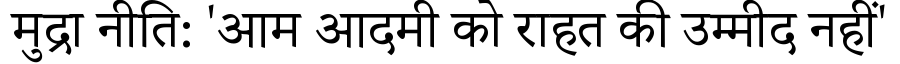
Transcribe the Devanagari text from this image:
मुद्रा नीति: 'आम आदमी को राहत की उम्मीद नहीं'